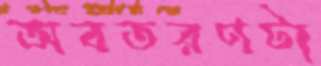
অবতরণটা